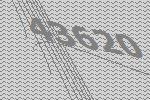
43620